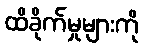
ထိခိုက်မှုများကို